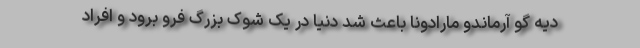
دیه گو آرماندو مارادونا باعث شد دنیا در یک شوک بزرگ فرو برود و افراد